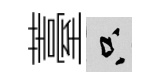
薹只